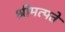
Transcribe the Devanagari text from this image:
श्रीमत्पते